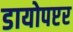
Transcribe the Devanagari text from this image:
डायोपप्टर